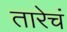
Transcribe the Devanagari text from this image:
तारेचं